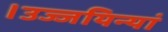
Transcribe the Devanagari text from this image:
।उज्जयिन्यां